Vital statistics of India. Vol. IV, Annual returns from 1871 to 1876. British Army of India, Native Army and jails of Bengal
Year: 1871
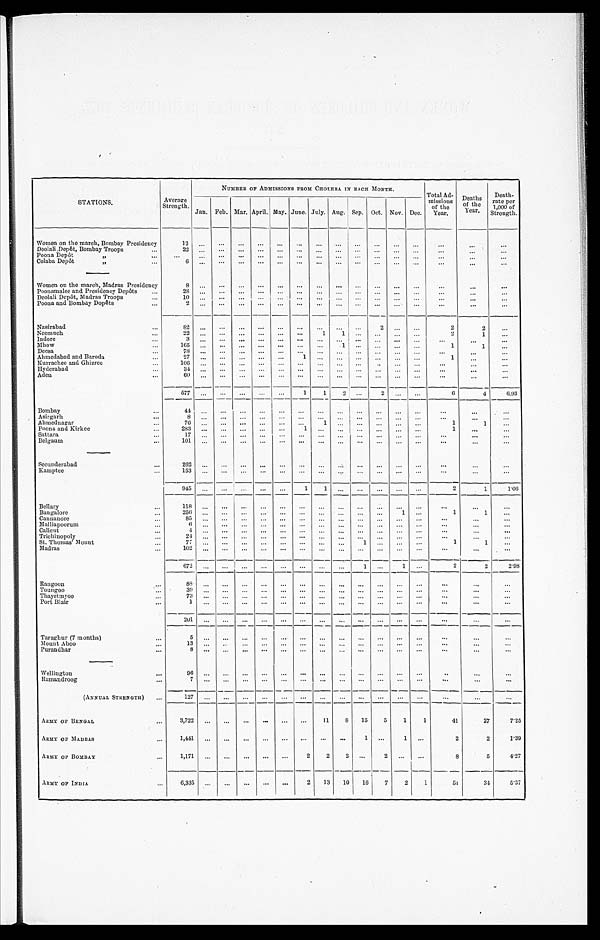
NITMBER OP ADMISSIONS FROM CHOLERA. IN EACH Mown".
Total Ad-
missions
of the
Year.
•••
Deaths
of the
Year.
Strength.
...
Death-
rate per
,000 of
•••
STATIONS.
Strength.
Average
Fe
Jan.
b. Mar. April. May. June.
ul
Jy. Aug.
_____
Sep. Oct. Nov. Dec.
Women on the march, Bombay Presidency
om
Deolali Dep6t, Bbay Troops
'"
Poona Dep6t
1,
...
...
...
...
...
...
Colaba DepOt
6
—
•••
•"
—
••"'"••
•"
—
•••
•••
—
...
—
Women on the march, Madras Presidency
8
...
...
...
...
...
...
...
...
...
...
...
...
...
•••
...
Poonarnalee and Presidency Depots
28
...
..•
.—.
•••
...
•••
...
...
•••
.—.
.—.
...
...
...
Deolali Dep6t, Madras Troops
...
...
•"
Poona and Bombay DopOts
...
...
...
...
...
...
...
•••
...
—
...
Nasirahacl
...
Neemuch
...
1
9 .
2
2
2
1
...
Indore
...
Mhow
...
1
••• 1
...
Deesa
..
Ahmedabad and Baroda
...
...
1
—
...
...
...
Kurrachee and Ghizree
...
...
Hyderabad
...
Aden
...
—
...
...
...
...
___
_
_
_
_._____ .__
1
1
___ ___
_—
___
6
_
4
6.93
...
...
1
1
...
1
...
...
...
..
Bombay
Asirgarli
me
Ahdnagar
Poona and Kirkee
...
.
...
Sattara
...
...
...
...
Belgaum
...
...
...
...
...
...
...
...
...
...
Secunderabad
...
...
...
...
Kamptee
...
...
...
:
— _
1
2
—
—
1
1•00
...
1
— 1
...
...
.
B e ll a ry
•••
Bangalore
...
1
...
Cannanore
•••
...
•••
Malliapoorum
...
CaRelit
...
•••
...
...
—
Tr ich inopoly
...
St. Thomas' Mount
...
24
...
...
...
...
...
—
...
...
...
...
...
...
...
1
...
1
...
Madras
...
...
...
--- __
--- —_
—_. _
--
—
-- --
---
1
—
--
...
--
—
1
—
...
2
—
2
—
2'98
--
...
...
—
•••
•••
—
•••
—
Rangoon
,•••
Toungoo
...
Tit aye t in y oo
P ort Blair
...
88
...
...
39
...
...
...
...
...
...
...
...
•••
...
...
...
...
...
...
...
—
...
•••
•••
•••
•••
•••
•••
•••
—
— -- — — --
—
•••
_
"'
_
...
Taraghur (7 months)
...
Mount Aboo
...
ru="m",
...
—
•••
"'
—
•••
•••
...
•••
Wellington
•••
Ramaudroog
--
••
...
•••
•••
•••
—
(ANNUAL STRENGTH)
...
--
--
- - ___ --
-- — — -- --
-
-
-
--
_
_
-- --
--
—
•• •
-
- _ -
•• •
ARMY OF 13ENGIL
...
11
8
15
5
1
1
41
27
7'25
ARMY OF MAnnAs
'"
2
2
P39
ARMY OF BOMBAY
...
2
2
8
5
4'27
ARMY OF INDIA
...
-
_-
6,335
...
•••
-
•••
-
••,
...
2
13
10
16
-
7
2
_
1
Si
-
31
5'37